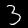
Digit: 3